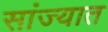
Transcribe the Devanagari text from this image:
सांज्यात